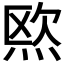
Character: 𱫓